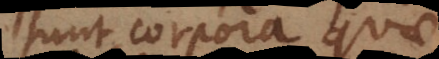
sunt corpora quae